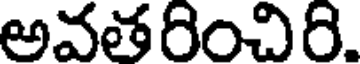
అవతరించిరి.